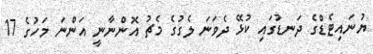
ޔުނައިޓެޑްގެ ދަނޑުގައި ކުޅޭ ދެވަނަ ލެގުގެ މެޗު އޮންނާނީ އަންނަ މަހުގެ 17